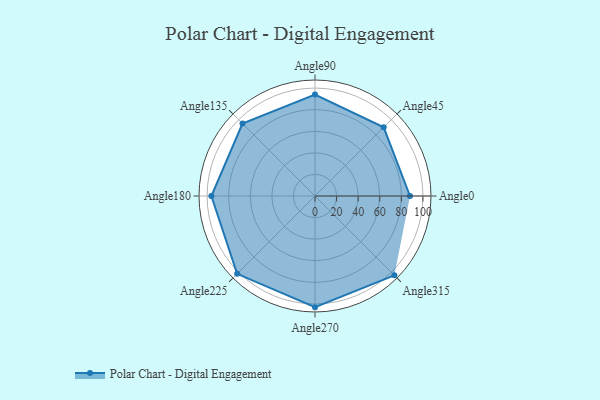
{"axis": {"x": "Angle", "y": "Radius"}, "legend": [""], "data": [{"x": "Angle0", "y": 88.0, "type": ""}, {"x": "Angle45", "y": 90.0, "type": ""}, {"x": "Angle90", "y": 94.0, "type": ""}, {"x": "Angle135", "y": 95.0, "type": ""}, {"x": "Angle180", "y": 96.0, "type": ""}, {"x": "Angle225", "y": 102.0, "type": ""}, {"x": "Angle270", "y": 103.0, "type": ""}, {"x": "Angle315", "y": 104.0, "type": ""}]}